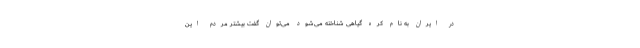
در ایران به نام کره گیاهی شناخته می‌شود می‌توان گفت بیشتر مردم این